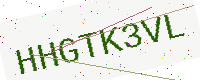
Text: HHGTK3VL